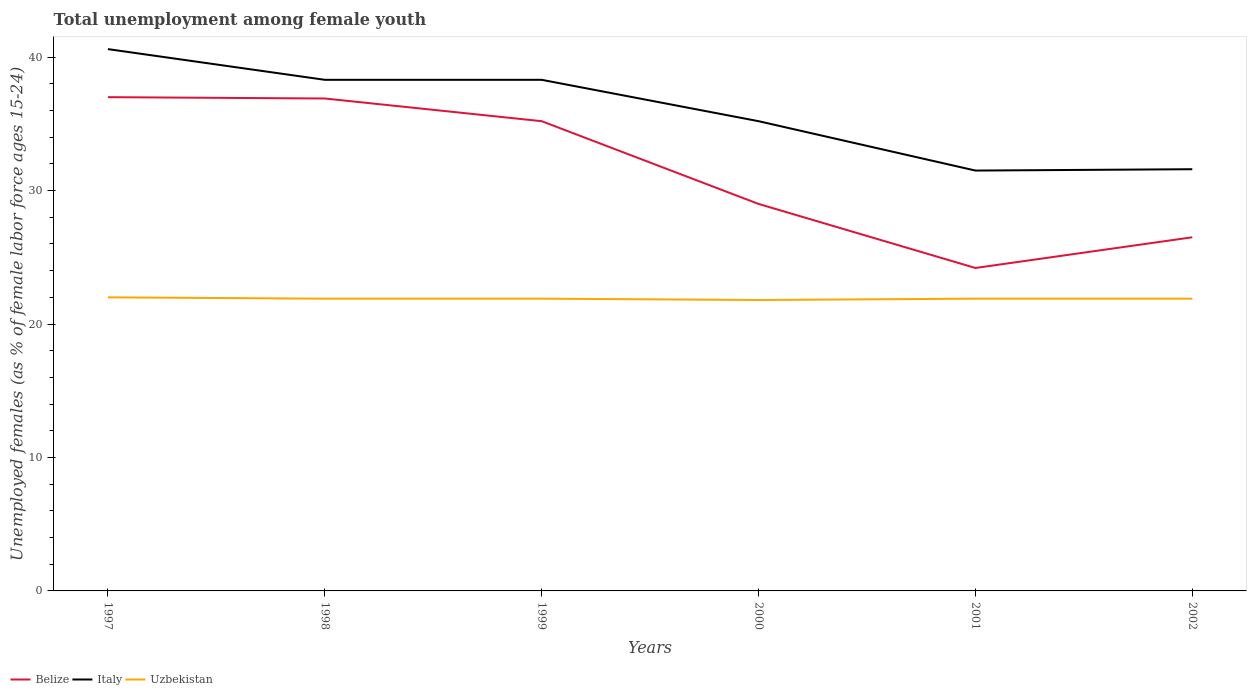
| Years | Belize | Italy | Uzbekistan |
 | --- | --- | --- | --- |
 | 1997 | 37 | 40.6 | 22 |
 | 1998 | 36.9 | 38.3 | 21.9 |
 | 1999 | 35.2 | 38.3 | 21.9 |
 | 2000 | 29 | 35.2 | 21.8 |
 | 2001 | 24.2 | 31.5 | 21.9 |
 | 2002 | 26.5 | 31.6 | 21.9 |